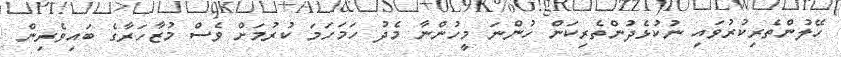
ހޭލުންތެރިކުރުވައި ނުކުޅެދުންތެރިކަން ހުންނަ މީހުންނާ މެދު ހަމަހަމަ ކުރުމަށް ވެސް މުޒާހަރާގެ ބައިވެރިން